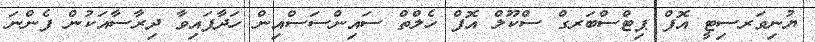
ޔުނިވަރސިޓީ އޮފް ޕިޓްސްބަރގް ސްކޫލް އޮފް ހެލްތް ސައިންސަސްއިން ހަދާފައިވާ ދިރާސާއަކުން ފެންނަ